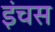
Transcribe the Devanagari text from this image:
इंचस